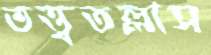
তত্ত্বতল্লাস